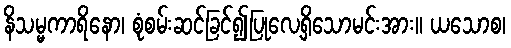
နိသမ္မကာရိနော၊ စုံစမ်းဆင်ခြင်၍ပြုလေ့ရှိသောမင်းအား။ ယသောစ၊